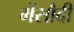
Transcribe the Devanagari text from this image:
मेंसौदी